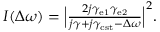
\begin{array} { r } { I ( \Delta \omega ) = \Big \lvert \frac { 2 j \gamma _ { \mathrm { e 1 } } \gamma _ { \mathrm { e 2 } } } { j \gamma + j \gamma _ { \mathrm { c s t } } - \Delta \omega } \Big \rvert ^ { 2 } . } \end{array}